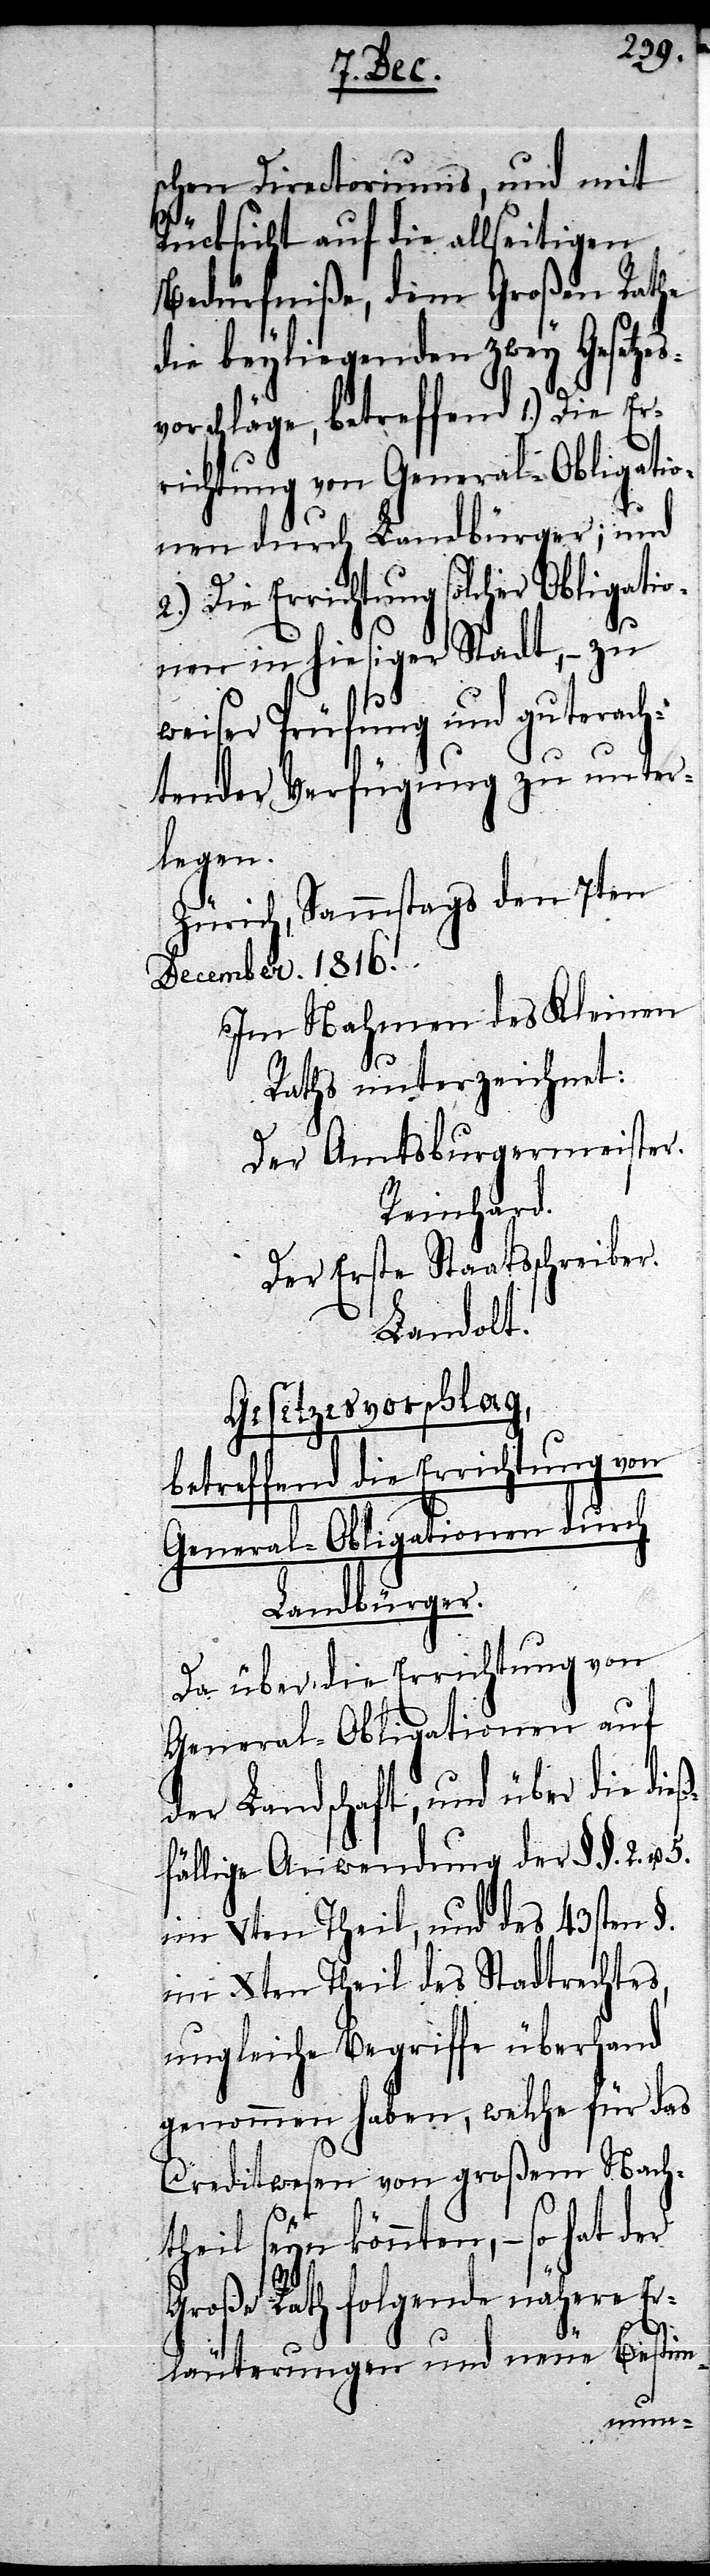
schen Directoriums, und mit
Rücksicht auf die allseitigen
Bedürfniße, dem Großen Rathe
die beyliegenden zwey Gesetzes¬
vorschläge, betreffend 1.) Die Er¬
richtung von General-Obligatio¬
nen durch Landbürger; und
2.) die Errichtung solcher Obligatio¬
nen in hiesiger Stadt, – zu
weiser Prüfung und guterach¬
tender Verfügung zu unter¬
legen.
Zürich, Sammstags den 7ten
December. 1816.
Im Nahmen des Kleinen
Raths unterzeichnet:
Der Amtsburgermeister.
Reinhard.
Der Erste Staatsschreiber.
Landolt.
Gesetzesvorschlag,
betreffend die Errichtung von
General-Obligationen durch
Landbürger.
Da über die Errichtung von
General-Obligationen auf
der Landschaft, und über die die¬
fällige Anwendung der §§. 2. u.
im Vten heil, und des 43sten §.
im Xten Theil des Stadtrechtes,
ungleiche Begriffe überhand
genommen haben, welche für das
Creditwesen von großem Nach¬
theil seyn könnten, – so hat
Große Rath folgende nähere Er¬
5.
läuterungen und neue Bestim-